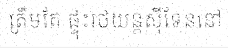
ត្រឹមតែ ផ្ទុះរថយន្តស៊ីទែននៅ